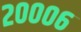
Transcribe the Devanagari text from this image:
२०००६